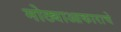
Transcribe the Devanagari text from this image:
मोठ्याआकाराचे